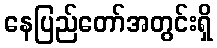
နေပြည်တော်အတွင်းရှိ